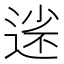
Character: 𡮗